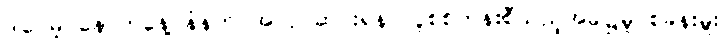
ဒါပေမဲ့ နောက်နေ့ နံနက် အလုပ်ဆင်းရန် လူစစ်တန်းစီသည့်အခါ၌မူ စခန်းမှူး